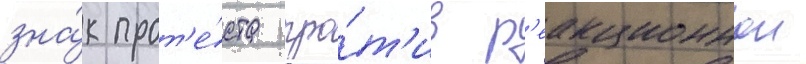
зна́к прот'е́ста про́т'ив р'еакционнои